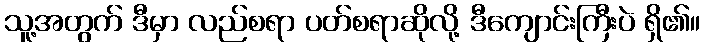
သူ့အတွက် ဒီမှာ လည်စရာ ပတ်စရာဆိုလို့ ဒီကျောင်းကြီးပဲ ရှိ၏။